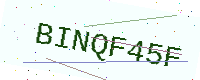
Text: BINQF45F